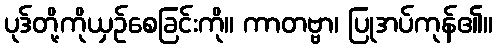
ပုဒ်တို့ကိုယှဉ်စေခြင်းကို။ ကာတဗ္ဗာ၊ ပြုအပ်ကုန်၏။